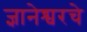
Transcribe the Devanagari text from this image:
ज्ञानेश्वरचे